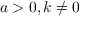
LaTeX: a > 0 , k \neq 0